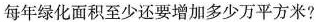
每年绿化面积至少还要增加多少万平方米?